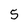
Character: 5